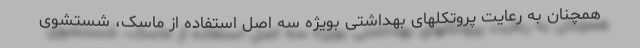
همچنان به رعایت پروتکلهای بهداشتی بویژه سه اصل استفاده از ماسک، شستشوی